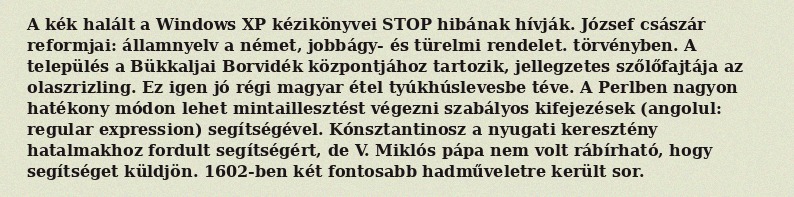
A kék halált a Windows XP kézikönyvei STOP hibának hívják. József császár reformjai: államnyelv a német, jobbágy- és türelmi rendelet. törvényben. A település a Bükkaljai Borvidék központjához tartozik, jellegzetes szőlőfajtája az olaszrizling. Ez igen jó régi magyar étel tyúkhúslevesbe téve. A Perlben nagyon hatékony módon lehet mintaillesztést végezni szabályos kifejezések (angolul: regular expression) segítségével. Kónsztantinosz a nyugati keresztény hatalmakhoz fordult segítségért, de V. Miklós pápa nem volt rábírható, hogy segítséget küldjön. 1602-ben két fontosabb hadműveletre került sor.